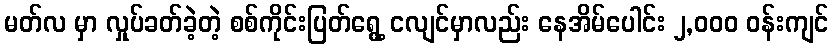
မတ်လ မှာ လှုပ်ခတ်ခဲ့တဲ့ စစ်ကိုင်းပြတ်ရွေ့ ငလျင်မှာလည်း နေအိမ်ပေါင်း ၂,၀၀၀ ဝန်းကျင်